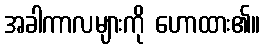
အခါကာလများကို ဟောထား၏။